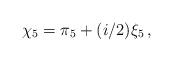
LaTeX: \begin{align*}\chi_5=\pi_5 + (i/2)\xi_5\,,\end{align*}